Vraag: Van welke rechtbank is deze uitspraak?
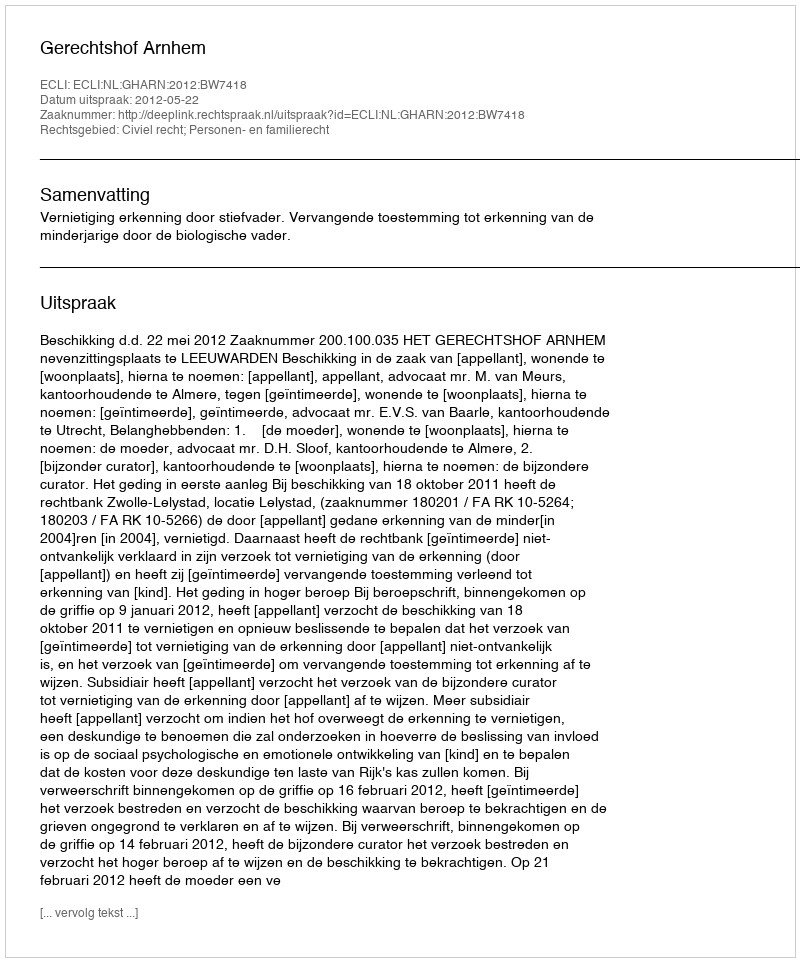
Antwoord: Gerechtshof Arnhem